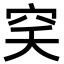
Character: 穾